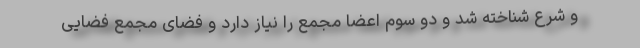
و شرع شناخته شد و دو سوم اعضا مجمع را نیاز دارد و فضای مجمع فضایی